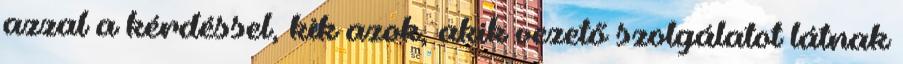
azzal a kérdéssel, kik azok, akik vezető szolgálatot látnak